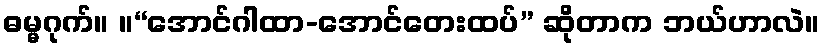
ဓမ္မဂုက်။ ။“အောင်ဂါထာ-အောင်တေးထပ်” ဆိုတာက ဘယ်ဟာလဲ။